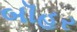
બૉહર